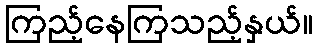
ကြည့်နေကြသည့်နှယ်။